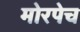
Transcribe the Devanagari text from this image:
मोरपेच